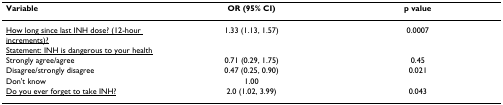
| Variable | OR (95% CI) | p value |
 | --- | --- | --- |
 | <underline>How long since last INH dose? (12-hour increments)?</underline> | 1.33 (1.13, 1.57) | 0.0007 |
 | <underline>Statement: INH is dangerous to your health</underline> |  |  |
 | Strongly agree/agree | 0.71 (0.29, 1.75) | 0.45 |
 | Disagree/strongly disagree | 0.47 (0.25, 0.90) | 0.021 |
 | Don't know | 1.00 |  |
 | <underline>Do you ever forget to take INH?</underline> | 2.0 (1.02, 3.99) | 0.043 |